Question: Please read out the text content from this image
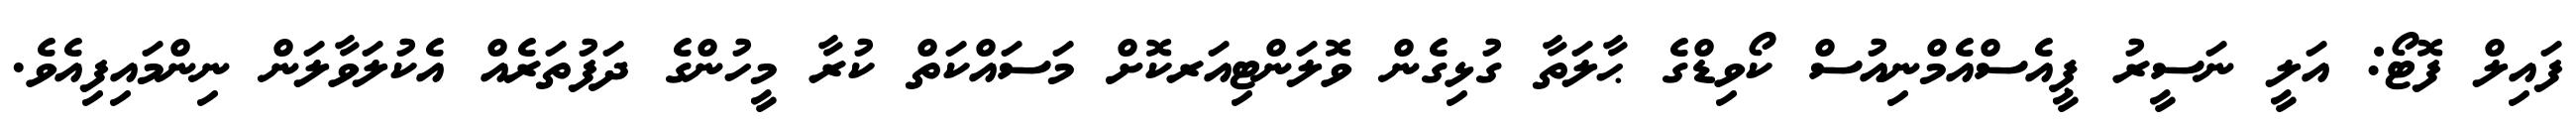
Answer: ފައިލް ފޮޓޯ: އަލީ ނަސީރު ޕީއެސްއެމްނިއުސް ކޯވިޑްގެ ޙާލަތާ ގުޅިގެން ވޮލަންޓިއަރކޮށް މަސައްކަތް ކުރާ މީހުންގެ ދަފުތަރެއް އެކުލަވާލަން ނިންމައިފިއެވެ.